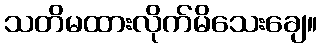
သတိမထားလိုက်မိသေးချေ။